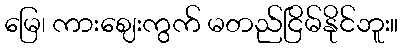
မြေ၊ ကားဈေးကွက် မတည်ငြိမ်နိုင်ဘူး။